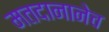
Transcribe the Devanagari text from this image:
मतदानानेच